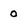
Character: 0